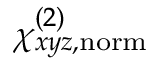
\chi _ { x y z , \mathrm { n o r m } } ^ { ( 2 ) }